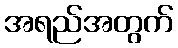
အရည်အတွက်